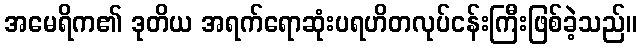
အမေရိက၏ ဒုတိယ အရက်ရောဆုံးပရဟိတလုပ်ငန်းကြီးဖြစ်ခဲ့သည်။